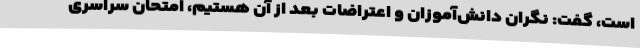
است، گفت: نگران دانش‌آموزان و اعتراضات بعد از آن هستیم، امتحان سراسری